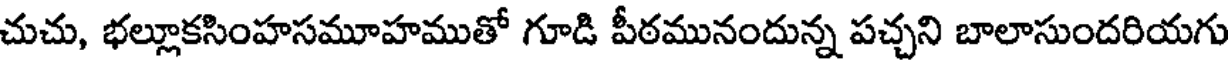
చుచు, భల్లూకసింహసమూహముతో గూడి పీఠమునందున్న పచ్చని బాలాసుందరియగు